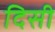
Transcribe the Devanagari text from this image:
दिसी